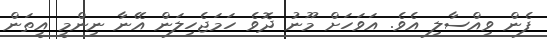
ފެން ވިއްސާލި އެވެ. އަވަހަށް މޫނު ދޮވެ ހަމަޖެހިލަން އޭނާ ނިންމީ އީތަން